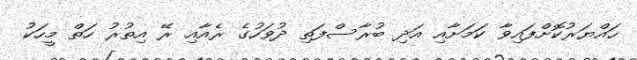
ހައްޔަރުކޮށްފައިވާ ކަަމަށާއި އަދި ބުރާސްފަތި ދުވަހުގެ ރެއާއި ރޭ އިތުުރު ހަތް މީހަކު